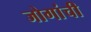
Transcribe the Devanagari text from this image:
जोगांची